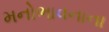
મનોભાવનાના